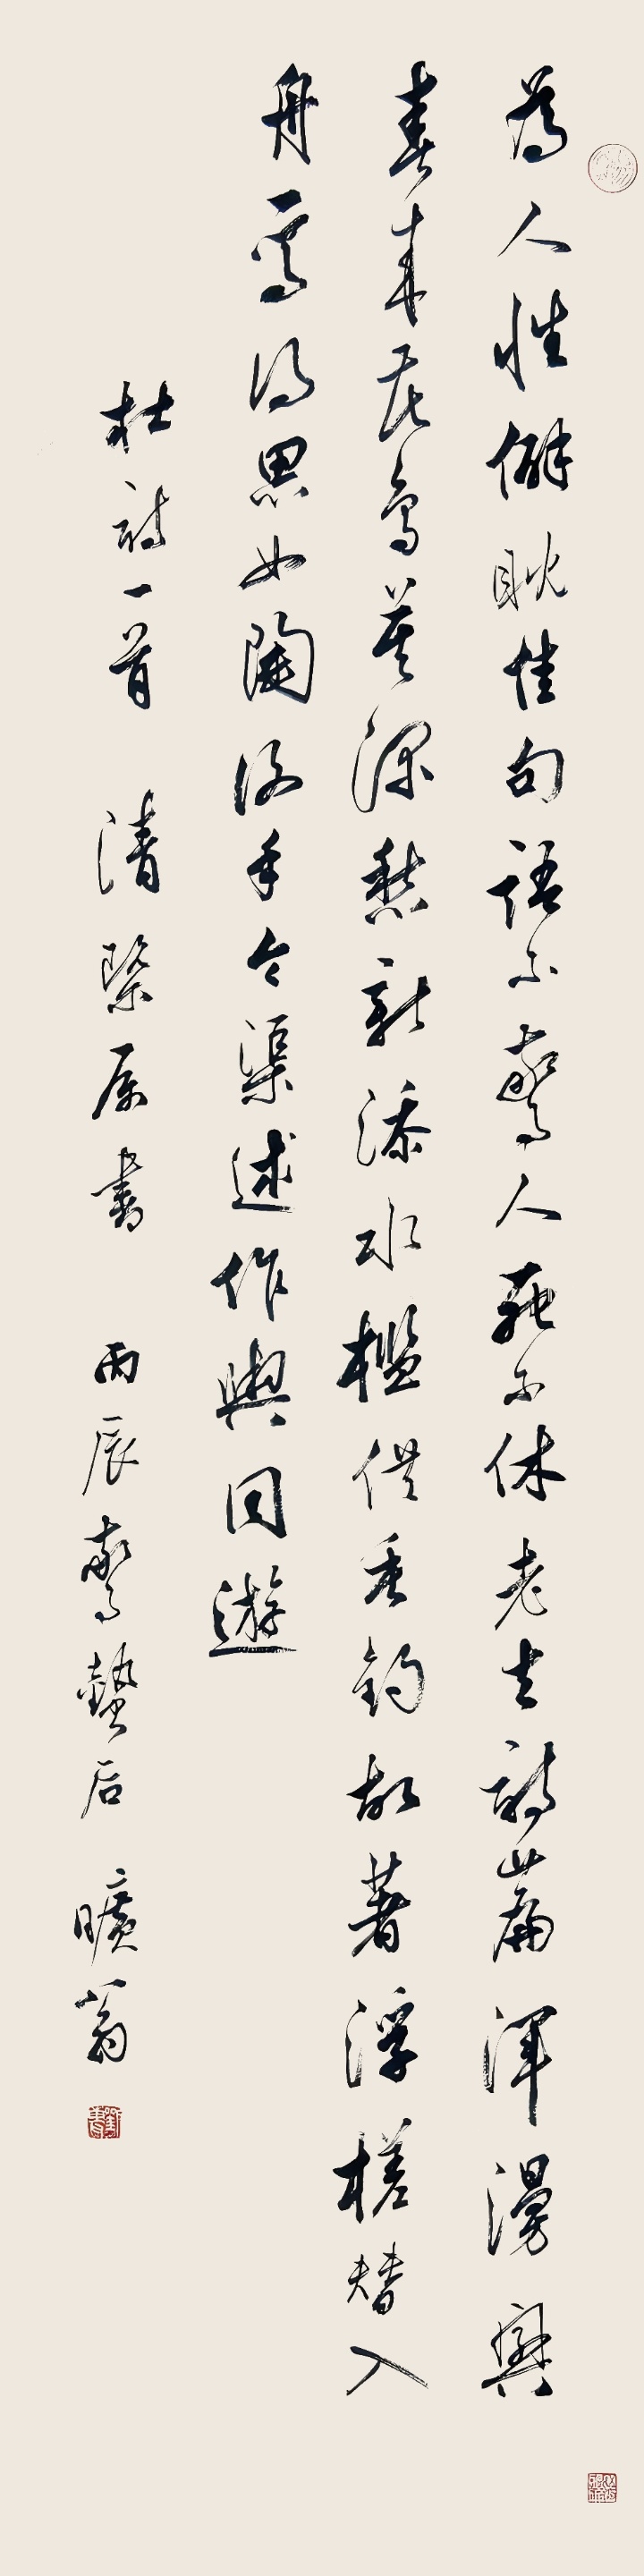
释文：为人性僻耽佳句，语不惊人死不休。老去诗篇浑漫兴，春来花鸟莫深愁。新添水槛供垂钓，故着浮槎替入舟。焉得思如陶谢手，令渠述作与同游。杜诗一首，清概属书，丙辰惊蛰后，旷翁。